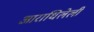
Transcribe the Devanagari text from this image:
आराधिलेली